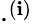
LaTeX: \cdot^{(\mathbf{i})}